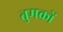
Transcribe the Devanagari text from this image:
तुमकों